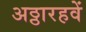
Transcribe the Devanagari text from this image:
अठ्ठारहवें